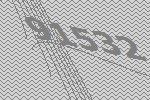
91532